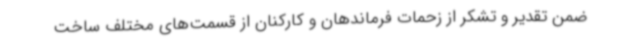
ضمن تقدیر و تشکر از زحمات فرماندهان و کارکنان از قسمت‌های مختلف ساخت